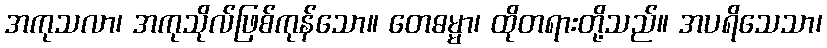
အကုသလာ၊ အကုသိုလ်ဖြစ်ကုန်သော။ တေဓမ္မာ၊ ထိုတရားတို့သည်။ အပရိသေသာ၊